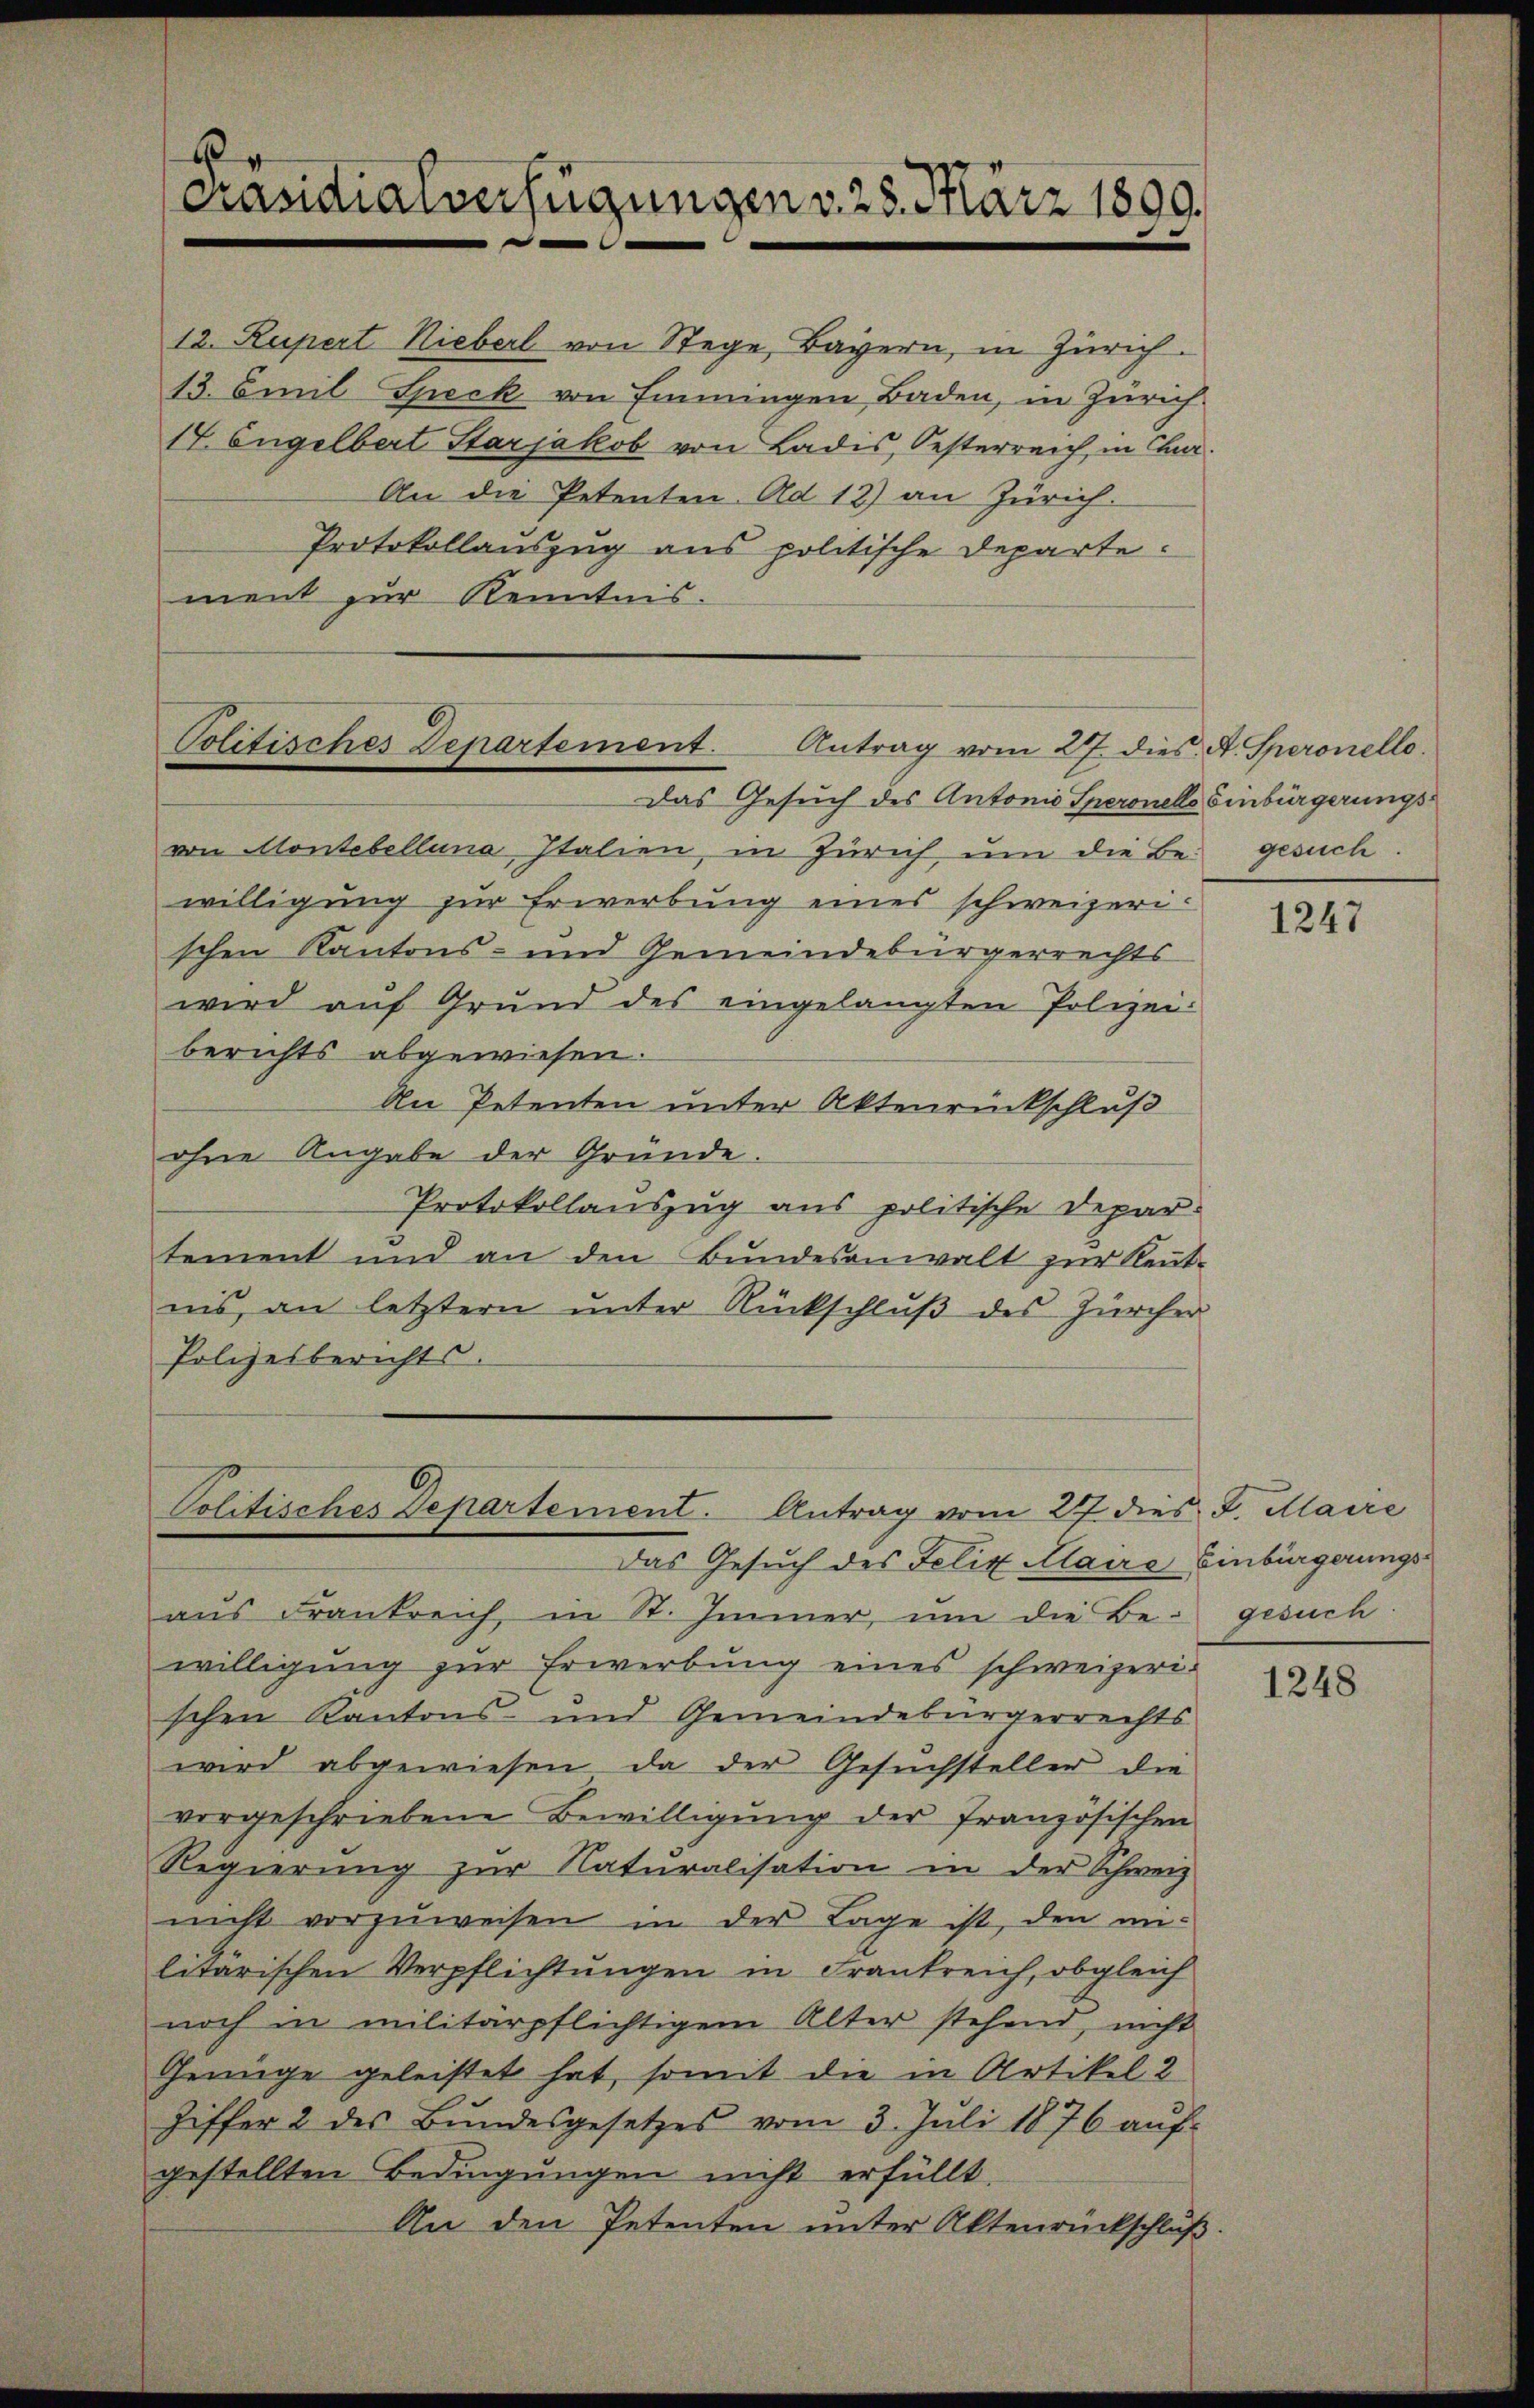
2
Präsidialverfügungen v. 28. März 1809.

An die Petenten. Ad 12) an Zürich.
Protokollauszug aus politische Departe.
ment zur Kenntnis.

12. Rupert Nieberl von Stege, Bayern, in Zürich
13. Emil Speck von Finnungen Baden, in Zürich
17. Engelbert Starjakob von Ladis, Oesterreich, in Chur

Politisches Departement. Antrag vom 27. dies. A. Speronelle.
Das Gesuch des Antonio Speronells Einbürgerungs¬

von Montebelluna Italien, in Zürich um die Be- gesuch.
willigung zur Erwerbung eines schweizerischen Kantons- und Gemeindebürgerrechts
wird aŭf Grund des eingelangten Polizei-
berichts abgewiesen.
An Petenten unter Aktenrückschluß
ohne Angabe der Gründe.
Protokollauszug aus politische Departement und an den Bundesanwalt zur Rentnis, an letztern ŭnter Rückschlŭβ des Zürcher
Polizeiberichts.

Politisches Departement. Antrag vom 27. dies J. Maire
Das Gesuch des Felix Maire Einbürgerungs¬

aus Frankreich, in St. Immer, um die Be- gesuch
willigung zur Erwerbung eines schweizerischen Kantons- und Gemeindebürgerrechts
wird abgewiesen, da der Gesuchsteller die
vorgeschriebene Bewilligung der französischen
Regierung zur Naturalisation in der Schweiz
nicht vorzuweisen in der Lage ist, den militärischen Verpflichtungen in Frankreich, obgleich
noch in militärpflichtigem Alter stehend, nicht
Genüge geleistet hat, somit die in Artikel 2
Ziffer 2 des Bŭndesgesetzes vom 3. Jŭli 1876 aŭf-
gestellten Bedingungen nicht erfüllt.
An den Petenten unter Aktenrückschluß.

1247

1248